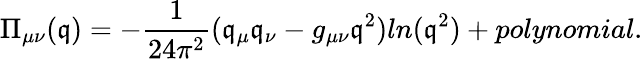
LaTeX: \Pi_{\mu\nu}(\mathfrak{q})=-\frac{{1}}{{24\pi^{2}}}(\mathfrak{q}_{\mu}\mathfrak{q}_{\nu}-g_{\mu\nu}\mathfrak{q}^{2})ln(\mathfrak{q}^{2})+polynomial.